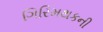
ગિરિમથકની